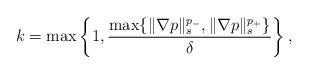
LaTeX: \begin{align*}k = \max \left\{ 1, \frac{ \max \{ \| \nabla p \|_{s}^{p_-}, \| \nabla p \|_{s}^{p_+} \} }{\delta}\right\},\end{align*}